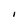
Character: I